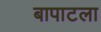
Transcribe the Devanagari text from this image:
बापाटला